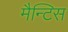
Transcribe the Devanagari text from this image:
मैन्टिस